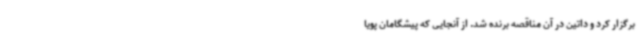
برگزار کرد و داتین در آن مناقصه برنده شد. از آنجایی که پیشگامان پویا